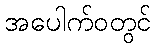
အပေါက်ဝတွင်